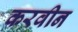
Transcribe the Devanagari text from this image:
करवीन